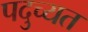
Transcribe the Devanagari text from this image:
पदुच्यत